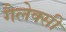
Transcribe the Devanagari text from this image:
गैलेक्‍सी